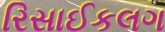
રિસાઈકલગ